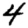
Digit: 4